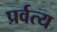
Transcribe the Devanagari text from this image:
प्रर्वत्य